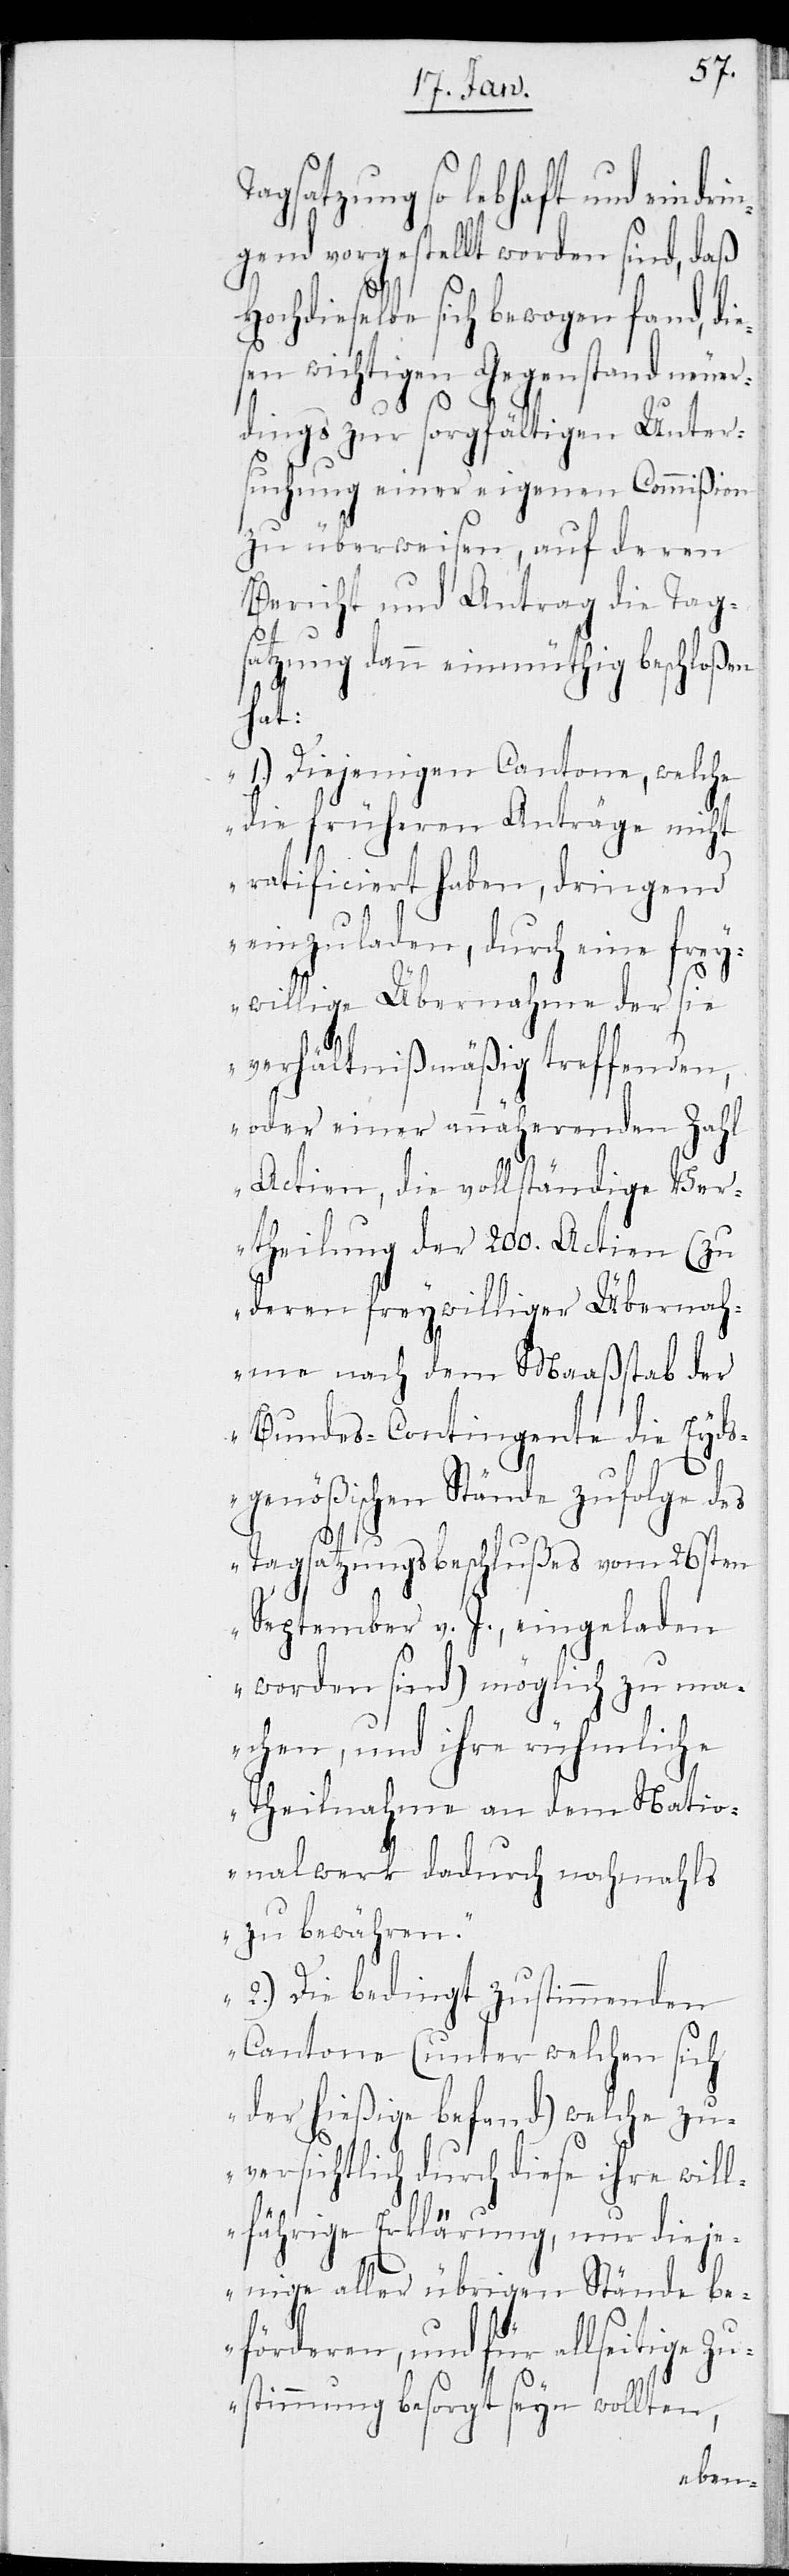
satzung so lebhaft und ein¬
ngend vorgestellt worden sind, daß
Hochdieselbe sich bewogen fand, die¬
sen wichtigen Gegenstand neuer¬
dings zur sorgfältigen Unter¬
suchung einer eigenen Commißion
zu überweisen, auf deren
Bericht und Antrag die Tag¬
satzung dann einmüthig beschloßen
hat:
„1.) Diejenigen Cantone, welche
die früheren Anträge nicht
ratificiert haben, dringend
einzuladen, durch eine frey¬
willige Übernahme der sie
verhältnißmäßig treffenden,
oder einer annäherenden Zahl
Actien, die vollständige Ver¬
theilung der 200. Actien (zu
deren freywilliger Übernah¬
me nach dem Maaßstab der
Bundes-Contingente die Eyds¬
genößischen Stände zufolge des
Tagsatzungsbeschlußes vom 26sten
September v. J. eingeladen
worden sind) möglich zu ma¬
chen, und ihre rühmliche
Theilnahme an dem Natio¬
nalwerk dadurch nochmahls
zu bewähren.
2.) Die bedingt zustimmenden
Cantone (unter welchen sich
der hießige befand) welche zu¬
versichtlich durch diese ihre will¬
fährige Erklärung, nur dieje¬
nige aller übrigen Stände be¬
förderen, und für allseitige Zu¬
stimmung besorgt seyn wollten,